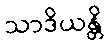
သာဒိယန္တိ